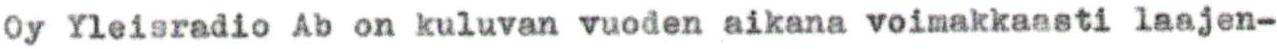
Oy Yleisradio Ab on kuluvan vuoden aikana voimakkaasti laajen-